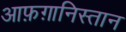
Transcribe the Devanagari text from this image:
आफ़ग़ानिस्तान